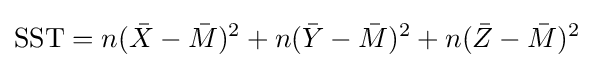
{\text{SST}}=n({\bar {X}}-{\bar {M}})^{2}+n({\bar {Y}}-{\bar {M}})^{2}+n({\bar {Z}}-{\bar {M}})^{2}